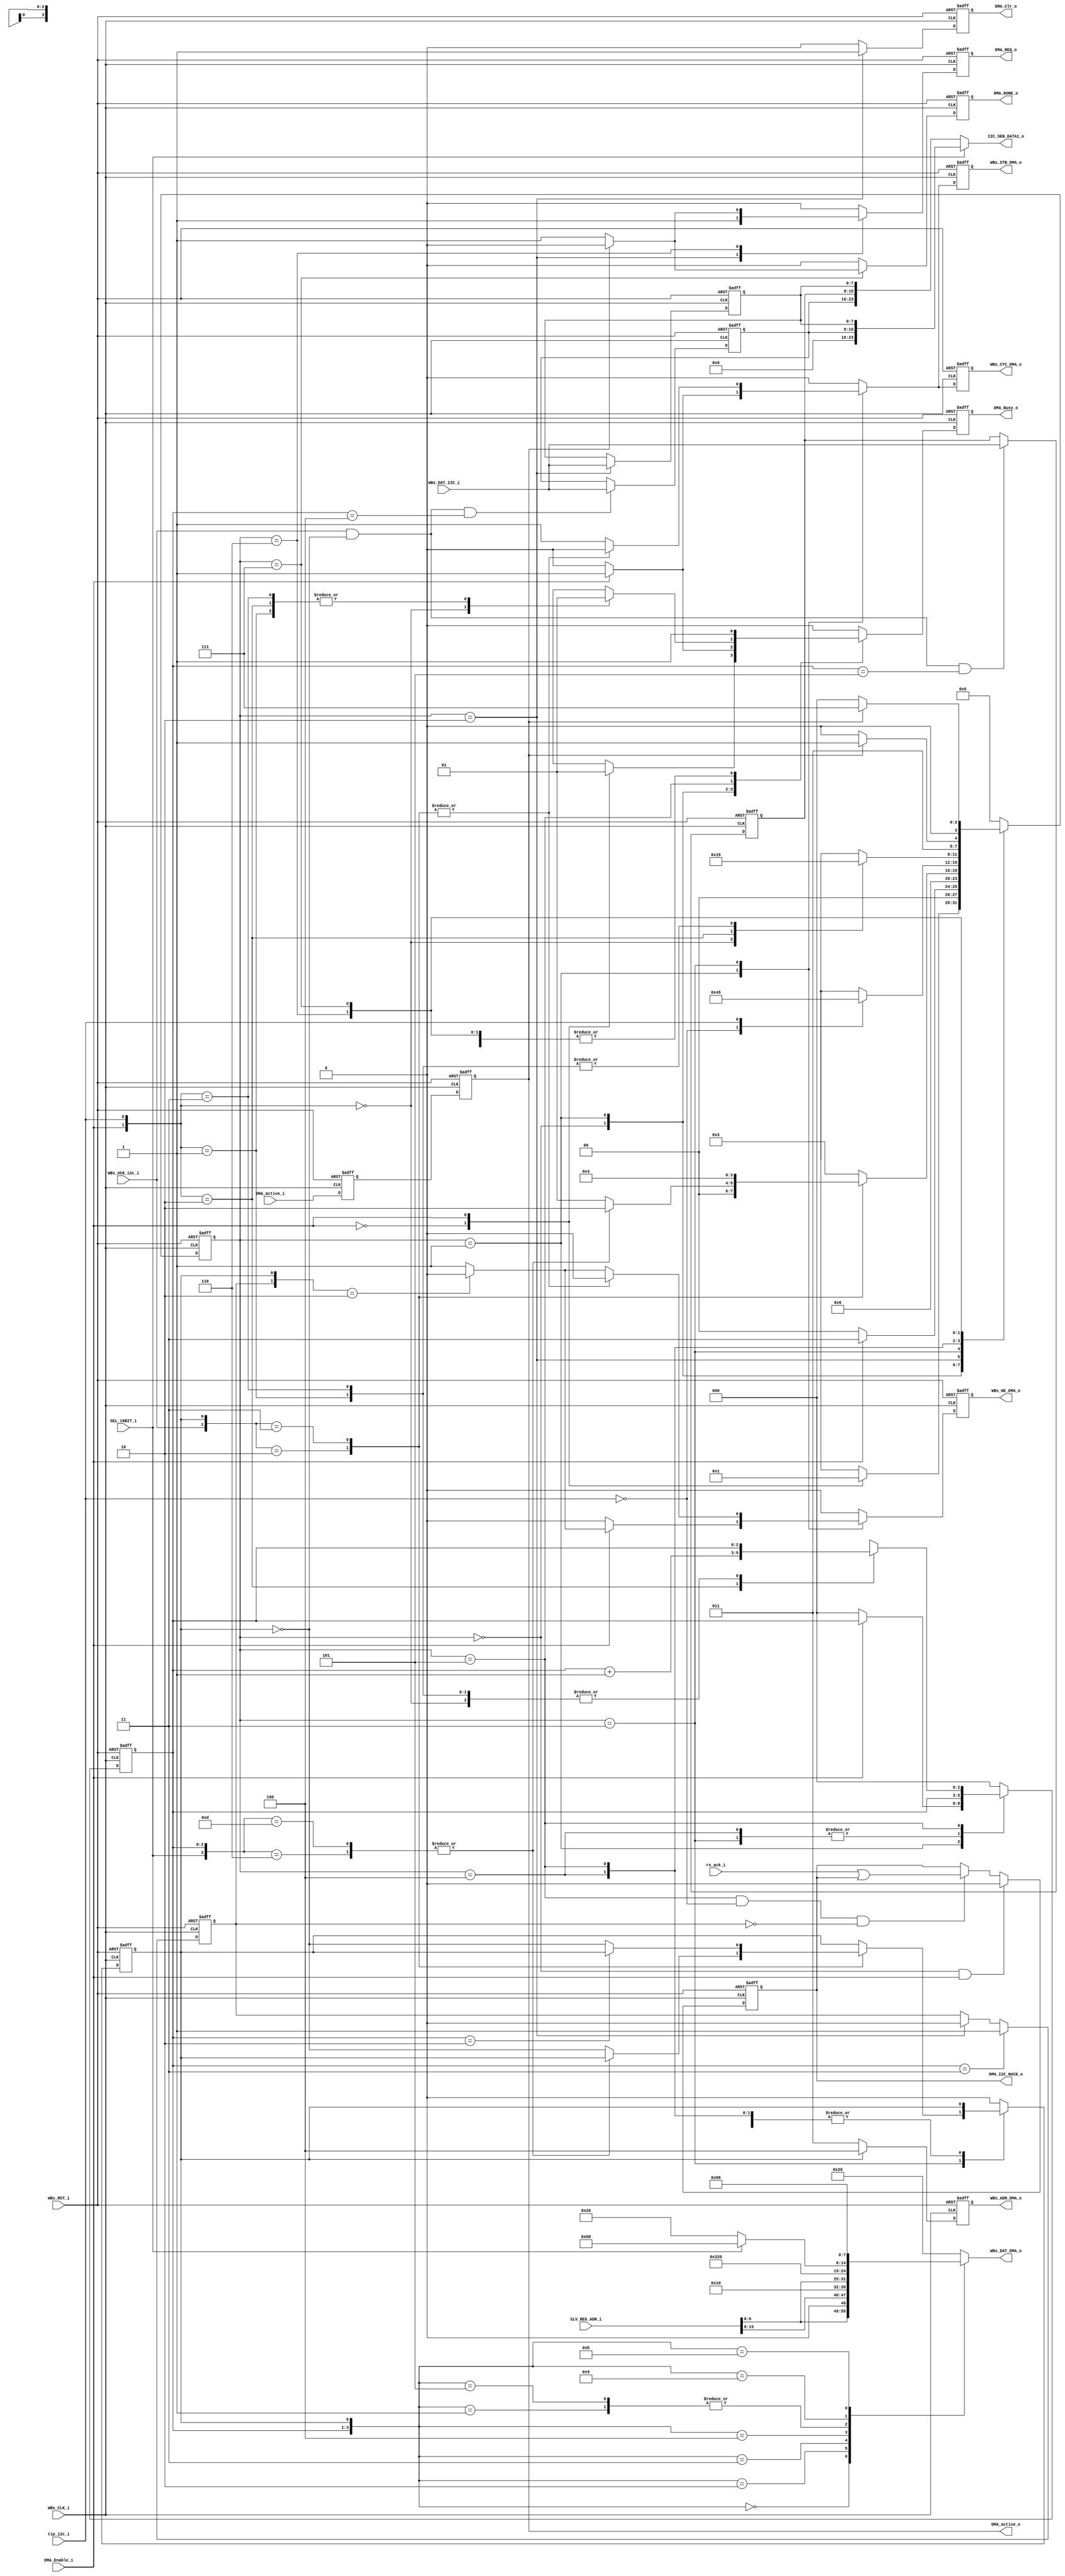
// -----------------------------------------------------------------------------
// title          : HRM DMA Controler State machine Module
// project        : Tamar2 Device
// -----------------------------------------------------------------------------
// company        : QuickLogic Corp
// last update    : 2016/05/23
// platform       : ArcticLink 4 S3B
// standard       : Verilog 2001
// -----------------------------------------------------------------------------
// description: HRM DMA controller
// -----------------------------------------------------------------------------
// copyright (c) 2016
// -----------------------------------------------------------------------------
// revisions  :
// date            version    author         description
// 2016/05/11      1.0        Rakesh. M         created / Initial Release
// -----------------------------------------------------------------------------
// Comments: This solution is specifically for use with the QuickLogic
//           AL4S3B device. 
// -----------------------------------------------------------------------------

`timescale 1ns/10ps

module I2C_Master_w_DMA_StateMachine (

                         WBs_CLK_i,
                         WBs_RST_i,

                         WBs_ADR_DMA_o,
                         WBs_CYC_DMA_o,
                         WBs_STB_DMA_o,
                         WBs_WE_DMA_o,
						 
						 WBs_DAT_DMA_o,
						 
						 WBs_DAT_I2C_i,
						 
						 I2C_SEN_DATA1_o,

						 SEL_16BIT_i,
						 SLV_REG_ADR_i,
						 DMA_Clr_o,
						 
						 DMA_REQ_o,
						 DMA_DONE_o,
						 DMA_Active_i,
						 DMA_Active_o,

                         WBs_ACK_i2c_i,

                         tip_i2c_i,
						 rx_ack_i,
						 DMA_I2C_NACK_o,

                         DMA_Enable_i,
                         DMA_Busy_o

                         );
  

//------Port Parameters----------------
//

//
// None at this time
//

//-----Port Signals--------------------
//  

input                    WBs_CLK_i;           // Fabric Clock               from Fabric
input                    WBs_RST_i;           // Fabric Reset               to   Fabric

output            [2:0]  WBs_ADR_DMA_o;
output                   WBs_CYC_DMA_o;
output                   WBs_STB_DMA_o;
output                   WBs_WE_DMA_o;

input                    WBs_ACK_i2c_i;

input                    tip_i2c_i;
input                    rx_ack_i;

input					 SEL_16BIT_i;

input                    DMA_Enable_i;
output                   DMA_Busy_o;

output    				 DMA_Clr_o;

output [7:0]             WBs_DAT_DMA_o;

input [7:0]              WBs_DAT_I2C_i;

output [23:0]            I2C_SEN_DATA1_o;

output					 DMA_REQ_o; 
output					 DMA_DONE_o;
input				     DMA_Active_i;
output				     DMA_Active_o;

input [15:0]             SLV_REG_ADR_i;

output					DMA_I2C_NACK_o;


wire                     WBs_CLK_i;
wire                     WBs_RST_i;

reg               [2:0]  WBs_ADR_DMA_o;
wire              [2:0]  WBs_ADR_DMA_o_nxt;

reg                      WBs_CYC_DMA_o;
reg                      WBs_CYC_DMA_o_nxt;

reg                      WBs_STB_DMA_o;
reg                      WBs_STB_DMA_o_nxt;

reg                      WBs_WE_DMA_o;
reg                      WBs_WE_DMA_o_nxt;

wire                     WBs_ACK_i2c_i;

wire                     tip_i2c_i;
wire                     rx_ack_i;

reg [7:0]             WBs_DAT_DMA_o;


wire                     DMA_Enable_i;

reg                      DMA_Busy_o;
reg                      DMA_Busy_o_nxt;

reg 					 DMA_REQ_o;
reg						 dma_req_nxt;

reg 					 DMA_DONE_o;
reg 					 dma_done_nxt;

reg            	dma_active_i_1ff;
reg            	dma_active_i_2ff;

reg            [2:0]  i2c_trnfr_cnt;
reg            [2:0]  i2c_trnfr_cnt_nxt;

reg            	DMA_Clr_o;
reg             dma_clr_o_nxt;

reg            [7:0]  sen_dat_byte11;
reg            [7:0]  sen_dat_byte12;
reg            [7:0]  sen_dat_byte13;

reg 				i2c_rd_en;
wire		  [7:0]	sen_reg_adr; 

reg					DMA_I2C_NACK_o;

wire 		[7:0] stp_rd_cmd;

//------Define Parameters---------
//

//
// Define the Command Queue Statemachine States
//
// Note: These states are chosen to allow for overlap of various signals
//       during operation. This overlap should help reduce timing
//       dependancies.
//
parameter DMA_IDLE              = 3'h0;
parameter DMA_EVAL              = 3'h1;
parameter DMA_I2C_TR_Done       = 3'h2;
parameter DMA_WB_XFR            = 3'h3;
parameter DMA_WAIT_TIP_ON       = 3'h4;
parameter DMA_WAIT_TIP_OFF      = 3'h5;
parameter SDMA_Start_st		    = 3'h6; 
parameter SDMA_Done_st		    = 3'h7;

parameter I2C_COMMAND_REG_ADR  = 3'h4;
parameter I2C_TRANSMIT_REG_ADR = 3'h3;


//-----Internal Signals--------------------
//
// Define the Statemachine registers
//
reg               [3:0]  DMA_State            ;
reg               [3:0]  DMA_State_nxt        ;

reg                      DMA_CMD_Phase        ;
reg                      DMA_CMD_Phase_nxt    ;



//------Logic Operations----------
//


// Define the registers associated with the Command Queue Statemachine
//
always @(posedge WBs_CLK_i or posedge WBs_RST_i) 
begin
    if (WBs_RST_i)
    begin
        DMA_State           <= DMA_IDLE;
        DMA_Busy_o          <=  1'b0  ;
        DMA_CMD_Phase       <=  1'b0  ;
		DMA_Clr_o	        <=  1'b0  ;
		DMA_REQ_o			<=  1'b0  ;
		DMA_DONE_o			<=  1'b0  ;

		WBs_ADR_DMA_o       <=  3'b0  ;
		WBs_CYC_DMA_o       <=  1'b0  ;
        WBs_STB_DMA_o       <=  1'b0  ;
        WBs_WE_DMA_o        <=  1'b0  ;

		i2c_trnfr_cnt		<=  3'b0  ;
		
		dma_active_i_1ff	<=  1'b0  ;
		dma_active_i_2ff	<=  1'b0  ;

    end
    else 
    begin  
        DMA_State           <=  DMA_State_nxt        ;
        DMA_Busy_o          <=  DMA_Busy_o_nxt       ;
        DMA_CMD_Phase       <=  DMA_CMD_Phase_nxt    ;
		DMA_Clr_o           <=  dma_clr_o_nxt       ;

		WBs_ADR_DMA_o       <=  WBs_ADR_DMA_o_nxt    ;
		WBs_CYC_DMA_o       <=  WBs_CYC_DMA_o_nxt    ;
        WBs_STB_DMA_o       <=  WBs_STB_DMA_o_nxt    ;
        WBs_WE_DMA_o        <=  WBs_WE_DMA_o_nxt     ;

       	i2c_trnfr_cnt    <=  i2c_trnfr_cnt_nxt;
		
		DMA_REQ_o			<=  dma_req_nxt  ; 
		DMA_DONE_o			<=  dma_done_nxt  ;
		
		dma_active_i_1ff	<= DMA_Active_i;
		dma_active_i_2ff	<= dma_active_i_1ff;

 	end
end  

always @(posedge WBs_CLK_i or posedge WBs_RST_i)  
begin
    if (WBs_RST_i)
    begin
        DMA_I2C_NACK_o		<=  1'b0  ;
    end
    else 
    begin  
		if ((DMA_State == DMA_IDLE) & (DMA_Enable_i == 1'b1))
			DMA_I2C_NACK_o		<=  1'b0  ;
		else if ((DMA_State == DMA_WAIT_TIP_OFF) & (tip_i2c_i == 1'b0) & (~i2c_rd_en))
			DMA_I2C_NACK_o       <=  rx_ack_i | DMA_I2C_NACK_o ;
		else 
			DMA_I2C_NACK_o		<=  DMA_I2C_NACK_o ;
 	end
end 

always @(posedge WBs_CLK_i or posedge WBs_RST_i) 
begin
    if (WBs_RST_i)
    begin
        i2c_rd_en           <=  1'b0  ;
    end
    else 
    begin  
		if (i2c_trnfr_cnt == 3'h3)
		   i2c_rd_en           <=  1'b1  ;
		else if (DMA_State == DMA_I2C_TR_Done)
		   i2c_rd_en           <=  1'b0  ;
 	end
end 
  
assign sen_reg_adr = SLV_REG_ADR_i[15:8];

assign stp_rd_cmd = (SEL_16BIT_i)? 8'h68: 8'h20;

always @(
         i2c_trnfr_cnt          or
		 DMA_CMD_Phase          or
		 SLV_REG_ADR_i          or
		 stp_rd_cmd				or
		 sen_reg_adr
		 )
 begin
    case({i2c_trnfr_cnt,DMA_CMD_Phase})
    4'b0000    : WBs_DAT_DMA_o <= { SLV_REG_ADR_i[6:0],1'b0};
    4'b0001    : WBs_DAT_DMA_o <= 8'h90;
    4'b0010    : WBs_DAT_DMA_o <= sen_reg_adr;
	4'b0011    : WBs_DAT_DMA_o <= 8'h10;
	4'b0100    : WBs_DAT_DMA_o <= { SLV_REG_ADR_i[6:0],1'b1};
	4'b0101    : WBs_DAT_DMA_o <= 8'h90;
	4'b1001    : WBs_DAT_DMA_o <= stp_rd_cmd;
	4'b1011    : WBs_DAT_DMA_o <= 8'h68;
	default    : WBs_DAT_DMA_o <= 8'h20;
	endcase
end

assign DMA_Active_o = dma_active_i_2ff;

always @(posedge WBs_CLK_i or posedge WBs_RST_i) 
begin
    if (WBs_RST_i)
    begin
        sen_dat_byte11  <=  8'h0  ;
    end
    else 
    begin  
		if (WBs_ACK_i2c_i & (~DMA_CMD_Phase) & (i2c_trnfr_cnt == 3'b100))
		    sen_dat_byte11  <=  WBs_DAT_I2C_i;
		else
			sen_dat_byte11  <=  sen_dat_byte11;
 	end
end 

always @(posedge WBs_CLK_i or posedge WBs_RST_i) 
begin
    if (WBs_RST_i)
    begin
        sen_dat_byte12  <=  8'h0  ;
    end
    else 
    begin  
		if (WBs_ACK_i2c_i & (~DMA_CMD_Phase) & (i2c_trnfr_cnt == 3'b101))
		    sen_dat_byte12  <=  WBs_DAT_I2C_i;
		else
			sen_dat_byte12  <=  sen_dat_byte12;
 	end
end 

always @(posedge WBs_CLK_i or posedge WBs_RST_i) 
begin
    if (WBs_RST_i)
    begin
        sen_dat_byte13  <=  8'h0  ;
    end
    else 
    begin  
		if (DMA_State == DMA_I2C_TR_Done)
		    sen_dat_byte13  <=  WBs_DAT_I2C_i;
		else
			sen_dat_byte13  <=  sen_dat_byte13;
 	end
end 

assign I2C_SEN_DATA1_o = (SEL_16BIT_i)? {8'h00, sen_dat_byte11, sen_dat_byte13} :{sen_dat_byte11, sen_dat_byte12, sen_dat_byte13};


// Determine the target I2C Address for each I/O to the I2C Master
//
assign WBs_ADR_DMA_o_nxt     =  DMA_CMD_Phase ?  I2C_COMMAND_REG_ADR : I2C_TRANSMIT_REG_ADR;


// Define the DMA State machine
//
always @( DMA_State          	or
          DMA_Enable_i      	or
          DMA_CMD_Phase         or
          i2c_trnfr_cnt      	or
		  SEL_16BIT_i		    or
		  WBs_ACK_i2c_i        	or
          dma_active_i_2ff      or
          tip_i2c_i				or
		  i2c_rd_en
         )
begin
    case(DMA_State)
    DMA_IDLE:
	begin

		WBs_CYC_DMA_o_nxt          <= 1'b0             ;  // Wishbone bus to I2C is Idle
		WBs_STB_DMA_o_nxt          <= 1'b0             ;  // Wishbone bus to I2C is Idle
		WBs_WE_DMA_o_nxt           <= 1'b0             ;  // Wishbone bus to I2C is Idle
		dma_clr_o_nxt	           <= 1'b0             ;
		DMA_CMD_Phase_nxt    	   <= 1'b0             ;  // 1st phase is data
		i2c_trnfr_cnt_nxt  		   <= 3'b000           ; 
		dma_req_nxt			       <= 1'b0             ;
		dma_done_nxt			   <= 1'b0             ;
		
		
		case(DMA_Enable_i)
		1'b0:    // No Activity
		begin
            DMA_State_nxt          <= DMA_IDLE          ;
		    DMA_Busy_o_nxt         <= 1'b0             ;
        end
		1'b1:    // Start at the Command Queue Processing
		begin
            DMA_State_nxt          <= DMA_EVAL          ;
		    DMA_Busy_o_nxt         <= 1'b1             ;
        end
        endcase

	end
	DMA_EVAL:
    begin
        case(DMA_Enable_i )
        1'b1:                                           
        begin
            DMA_State_nxt      	   <= DMA_WB_XFR          ;  
			DMA_Busy_o_nxt         <= 1'b1             ;
			DMA_CMD_Phase_nxt      <= DMA_CMD_Phase     		   ;
			WBs_CYC_DMA_o_nxt      <= 1'b1             ;
			WBs_STB_DMA_o_nxt      <= 1'b1             ;
			dma_clr_o_nxt	       <= 1'b0             ;
			i2c_trnfr_cnt_nxt  	   <= i2c_trnfr_cnt;
			dma_req_nxt			   <= 1'b0             ;
			dma_done_nxt		   <= 1'b0     ;
			case( {i2c_rd_en, DMA_CMD_Phase})
			2'b10:
				begin 
					WBs_WE_DMA_o_nxt       <= 1'b0                   ; // Wishbone bus to I2C is Active
				end 
			default:
				begin 
					WBs_WE_DMA_o_nxt       <= 1'b1                   ; // Wishbone bus to I2C is Active
				end 
			endcase
        end
        default:
        begin
            DMA_State_nxt          <= DMA_IDLE          ;  // No more data to process
		    DMA_Busy_o_nxt         <= 1'b0             ;  // Command Queue is done with transfers
		    WBs_CYC_DMA_o_nxt      <= 1'b0             ;  // Wishbone bus to I2C is Idle
		    WBs_STB_DMA_o_nxt      <= 1'b0             ;  // Wishbone bus to I2C is Idle
		    WBs_WE_DMA_o_nxt       <= 1'b0             ;  // Wishbone bus to I2C is Idle
			dma_clr_o_nxt	       <= 1'b0             ;
            DMA_CMD_Phase_nxt      <= DMA_CMD_Phase     ;
            i2c_trnfr_cnt_nxt  	   <= 3'h0        ;  
			dma_req_nxt			   <= 1'b0             ;
			dma_done_nxt		   <= 1'b0     ;
        end
        endcase
    end
	DMA_I2C_TR_Done:
    begin
        DMA_State_nxt              <= SDMA_Start_st     ;
		DMA_Busy_o_nxt             <= 1'b1             ;  // Command Queue Busy with transfers
        DMA_CMD_Phase_nxt          <= 1'b0     ;  //  Data phase

		WBs_CYC_DMA_o_nxt          <= 1'b0             ;  // Wishbone bus to I2C is Idle
		WBs_STB_DMA_o_nxt          <= 1'b0             ;  // Wishbone bus to I2C is Idle
		WBs_WE_DMA_o_nxt           <= 1'b0             ;  // Wishbone bus to I2C is Idle
		
		i2c_trnfr_cnt_nxt  		   <= 3'h0        ;
		dma_req_nxt			   	   <= 1'b1             ;
		dma_done_nxt		   	   <= 1'b0     ;
		dma_clr_o_nxt	           <= 1'b1             ;
	end
	DMA_WB_XFR:
    begin
        case( {WBs_ACK_i2c_i,  DMA_CMD_Phase} )
        2'b10: 
        begin
			case( {SEL_16BIT_i,i2c_trnfr_cnt})
			4'h6:
			begin 
				DMA_CMD_Phase_nxt  <= DMA_CMD_Phase          ;
				DMA_State_nxt      <= DMA_I2C_TR_Done                ;
			end 
			4'hd:
			begin 
				DMA_CMD_Phase_nxt  <= DMA_CMD_Phase          ;
				DMA_State_nxt      <= DMA_I2C_TR_Done                ;
			end 
			default:
			begin 
				DMA_CMD_Phase_nxt      <= ~DMA_CMD_Phase          ;
				DMA_State_nxt      <= DMA_EVAL                ;
			end 
			endcase
		
		    WBs_CYC_DMA_o_nxt      <= 1'b0                   ; // Wishbone bus to I2C is Idle
		    WBs_STB_DMA_o_nxt      <= 1'b0                   ; // Wishbone bus to I2C is Idle
		    WBs_WE_DMA_o_nxt       <= 1'b0                   ; // Wishbone bus to I2C is Idle
			dma_req_nxt			   <= 1'b0             ;
			dma_done_nxt		   <= 1'b0     ;
			dma_clr_o_nxt	       <= 1'b0             ;
			i2c_trnfr_cnt_nxt  	   <= i2c_trnfr_cnt        ;
        end
        2'b11: 
        begin
	
			case( i2c_trnfr_cnt)
			3'h2:
			begin 
				DMA_CMD_Phase_nxt      <= DMA_CMD_Phase          ;
			end 
			default:
			begin 
				DMA_CMD_Phase_nxt      <= ~DMA_CMD_Phase          ;
			end 
			endcase

			DMA_State_nxt      <= DMA_WAIT_TIP_ON         ;
		    WBs_CYC_DMA_o_nxt      <= 1'b0                   ; // Wishbone bus to I2C is Idle
		    WBs_STB_DMA_o_nxt      <= 1'b0                   ; // Wishbone bus to I2C is Idle
		    WBs_WE_DMA_o_nxt       <= 1'b0                   ; // Wishbone bus to I2C is Idle
			dma_req_nxt			   <= 1'b0             ;
			dma_done_nxt		   <= 1'b0     ;
			dma_clr_o_nxt	       <= 1'b0             ;
			i2c_trnfr_cnt_nxt  	   <= i2c_trnfr_cnt        ;
        end
        default:
        begin
            DMA_State_nxt          <= DMA_WB_XFR              ; // Wait for the Wishbone Acknowledge
            DMA_CMD_Phase_nxt      <= DMA_CMD_Phase           ; // Hold the current data phase
		    WBs_CYC_DMA_o_nxt      <= 1'b1                   ; // Wishbone bus to I2C is Active
		    WBs_STB_DMA_o_nxt      <= 1'b1                   ; // Wishbone bus to I2C is Active
		    			
			dma_req_nxt			   <= 1'b0             ;
			dma_done_nxt		   <= 1'b0     ;
			dma_clr_o_nxt	       <= 1'b0             ;
			i2c_trnfr_cnt_nxt  	   <= i2c_trnfr_cnt        ;
		
			case( {i2c_rd_en, DMA_CMD_Phase})
			2'b10:
			begin 
				WBs_WE_DMA_o_nxt       <= 1'b0                   ; // Wishbone bus to I2C is Active
			end 
			default:
			begin 
				WBs_WE_DMA_o_nxt       <= 1'b1                   ; // Wishbone bus to I2C is Active
			end 
			endcase
			
        end
        endcase

		DMA_Busy_o_nxt             <= 1'b1                   ; // DMA Busy with transfers
    end
	DMA_WAIT_TIP_ON:
    begin
        // Wait for the I2C Master to begin its I2C bus transfer
        //
        case( tip_i2c_i )
        1'b0: DMA_State_nxt        <= DMA_WAIT_TIP_ON   ;  // Wait for the I2C Master to start its I2C Bus transfers
        1'b1: DMA_State_nxt        <= DMA_WAIT_TIP_OFF  ;  // The I2C Master began its I2C Bus transfers
        endcase

        DMA_Busy_o_nxt             <= 1'b1             ;  // Command Queue Busy with transfers
        DMA_CMD_Phase_nxt          <= DMA_CMD_Phase     ;  // Hold Phase Selections

		WBs_CYC_DMA_o_nxt          <= 1'b0             ;  // Between Wishbone Transfers
		WBs_STB_DMA_o_nxt          <= 1'b0             ;  // Between Wishbone Transfers
		WBs_WE_DMA_o_nxt           <= 1'b0             ;  // Between Wishbone Transfers
		
		dma_req_nxt			   <= 1'b0             ;
		dma_done_nxt		   <= 1'b0     ;
		dma_clr_o_nxt	       <= 1'b0             ;
		i2c_trnfr_cnt_nxt  	   <= i2c_trnfr_cnt        ;


    end
	DMA_WAIT_TIP_OFF:
    begin
        // Wait for the I2C Master to begin its I2C bus transfer
        //
        case( {DMA_Enable_i, tip_i2c_i}  )
        2'b00: 
        begin
            DMA_State_nxt          <= DMA_IDLE          ;  // Processing complete
		    DMA_Busy_o_nxt         <= 1'b0             ;  // Command Queue is not Busy with transfers
			i2c_trnfr_cnt_nxt  	   <= i2c_trnfr_cnt;
        end
        2'b01: 
        begin
            DMA_State_nxt          <= DMA_WAIT_TIP_OFF  ;  // Wait for the current I2C Bus transfer to complete before ending CQ processing
		    DMA_Busy_o_nxt         <= 1'b1             ;  // Command Queue Busy with transfers
			i2c_trnfr_cnt_nxt  	   <= i2c_trnfr_cnt;
        end
        2'b10: 
        begin
            DMA_State_nxt          <= DMA_EVAL          ;  // Look to the next transfer
		    DMA_Busy_o_nxt         <= 1'b1             ;  // Command Queue Busy with transfers
			i2c_trnfr_cnt_nxt  	   <= i2c_trnfr_cnt + 1'b1;
        end
        2'b11: 
        begin
            DMA_State_nxt          <= DMA_WAIT_TIP_OFF  ;  // Wait for the current I2C Bus transfer to complete
		    DMA_Busy_o_nxt         <= 1'b1             ;  // Command Queue Busy with transfers
			i2c_trnfr_cnt_nxt  	   <= i2c_trnfr_cnt;
        end
        endcase

        DMA_CMD_Phase_nxt          <= DMA_CMD_Phase     ;  // Hold Phase Selections

		WBs_CYC_DMA_o_nxt          <= 1'b0             ;  // Between Wishbone Transfers
		WBs_STB_DMA_o_nxt          <= 1'b0             ;  // Between Wishbone Transfers
		WBs_WE_DMA_o_nxt           <= 1'b0             ;  // Between Wishbone Transfers
		
		dma_req_nxt			   <= 1'b0             ;
		dma_done_nxt		   <= 1'b0     ;
		dma_clr_o_nxt	       <= 1'b0             ;
    end
	
	SDMA_Start_st:
	begin
		DMA_Busy_o_nxt         <= 1'b1             ;
		DMA_CMD_Phase_nxt      <= 1'b0     ;
		WBs_CYC_DMA_o_nxt      <= 1'b0             ;
		WBs_STB_DMA_o_nxt      <= 1'b0             ;
		WBs_WE_DMA_o_nxt       <= 1'b0             ;
		i2c_trnfr_cnt_nxt  	   <= 3'h0        ;
		dma_clr_o_nxt	       <= 1'b0             ;
		dma_done_nxt		   <= 1'b0             ;
				
		case( dma_active_i_2ff)
		1'h1:
		begin 
			dma_req_nxt			   <= 1'b0            ;
			DMA_State_nxt      <= SDMA_Done_st                ;
		end 
		default:
		begin 
			dma_req_nxt			   <= 1'b1            ;
			DMA_State_nxt      <= SDMA_Start_st                ;
		end 
		endcase
	end
		
	SDMA_Done_st:
	begin
		DMA_Busy_o_nxt         <= 1'b1             ;
		DMA_CMD_Phase_nxt      <= 1'b0     ;
		WBs_CYC_DMA_o_nxt      <= 1'b0             ;
		WBs_STB_DMA_o_nxt      <= 1'b0             ;
		WBs_WE_DMA_o_nxt       <= 1'b0             ;
		i2c_trnfr_cnt_nxt  	   <= 3'h0        ;
		dma_clr_o_nxt	       <= 1'b0             ;
		dma_req_nxt			   <= 1'b0            ;
				
		case( dma_active_i_2ff)
		1'h0:
		begin 
			dma_done_nxt	   <= 1'b1            ;
			DMA_State_nxt      <= DMA_IDLE                ;
		end 
		default:
		begin 
			dma_done_nxt	   <= 1'b0            ;
			DMA_State_nxt      <= SDMA_Done_st                ;
		end 
		endcase
	end
	
	default:
    begin
        DMA_State_nxt              <= DMA_IDLE          ;  // Waiting for the start of processing
		DMA_Busy_o_nxt             <= 1'b0             ;  // Command Queue is not busy with transfers
        DMA_CMD_Phase_nxt          <= 1'b0             ;  // 1st phase is data

		WBs_CYC_DMA_o_nxt          <= 1'b0             ;  // Wishbone bus to I2C is Idle
		WBs_STB_DMA_o_nxt          <= 1'b0             ;  // Wishbone bus to I2C is Idle
		WBs_WE_DMA_o_nxt           <= 1'b0             ;  // Wishbone bus to I2C is Idle
		
		i2c_trnfr_cnt_nxt  	   <= 3'h0        ;
		dma_clr_o_nxt	       <= 1'b0             ;
		dma_req_nxt			   <= 1'b0            ;
		dma_done_nxt		   <= 1'b0     ;
  
    end
	endcase
end	


endmodule